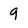
Character: 9